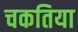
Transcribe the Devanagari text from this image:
चकतिया